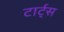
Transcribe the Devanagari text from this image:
टार्ट्‌स